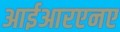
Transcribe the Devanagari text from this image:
आईआरएनए